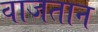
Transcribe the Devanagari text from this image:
वाजतान